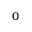
0